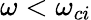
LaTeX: \omega<\omega_{ci}